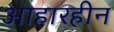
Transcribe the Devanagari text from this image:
आहारहीन